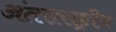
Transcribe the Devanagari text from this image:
अंतराराष्ट्रीय